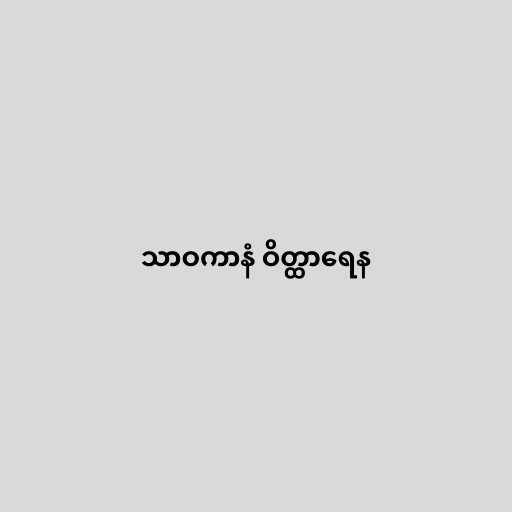
သာဝကာနံ ဝိတ္ထာရေန